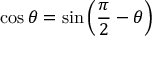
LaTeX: \cos \theta = \sin \left( { \frac { \pi } { 2 } } - \theta \right)